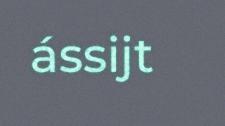
ássijt